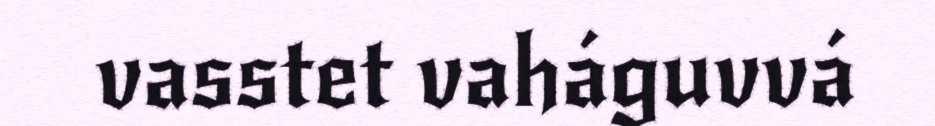
vasstet vaháguvvá